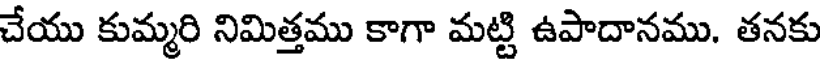
చేయు కుమ్మరి నిమిత్తము కాగా మట్టి ఉపాదానము. తనకు